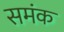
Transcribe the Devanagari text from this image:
समंक